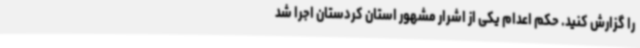
را گزارش کنید. حکم اعدام یکی از اشرار مشهور استان کردستان اجرا شد